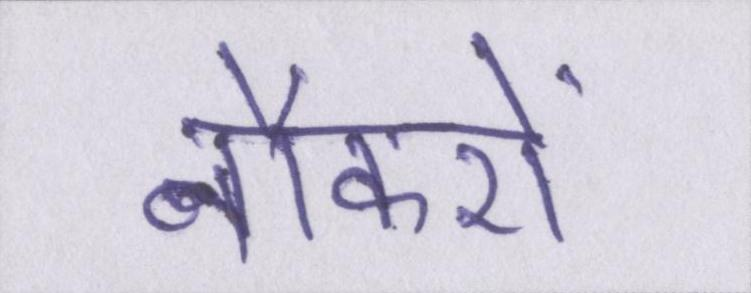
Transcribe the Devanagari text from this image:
नौकरों